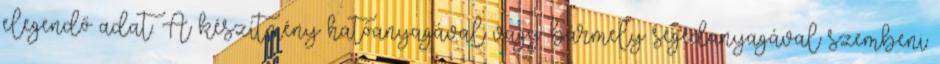
elegendő adat. A készítmény hatóanyagával vagy bármely segédanyagával szembeni